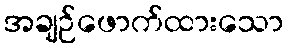
အချဉ်ဖောက်ထားသော